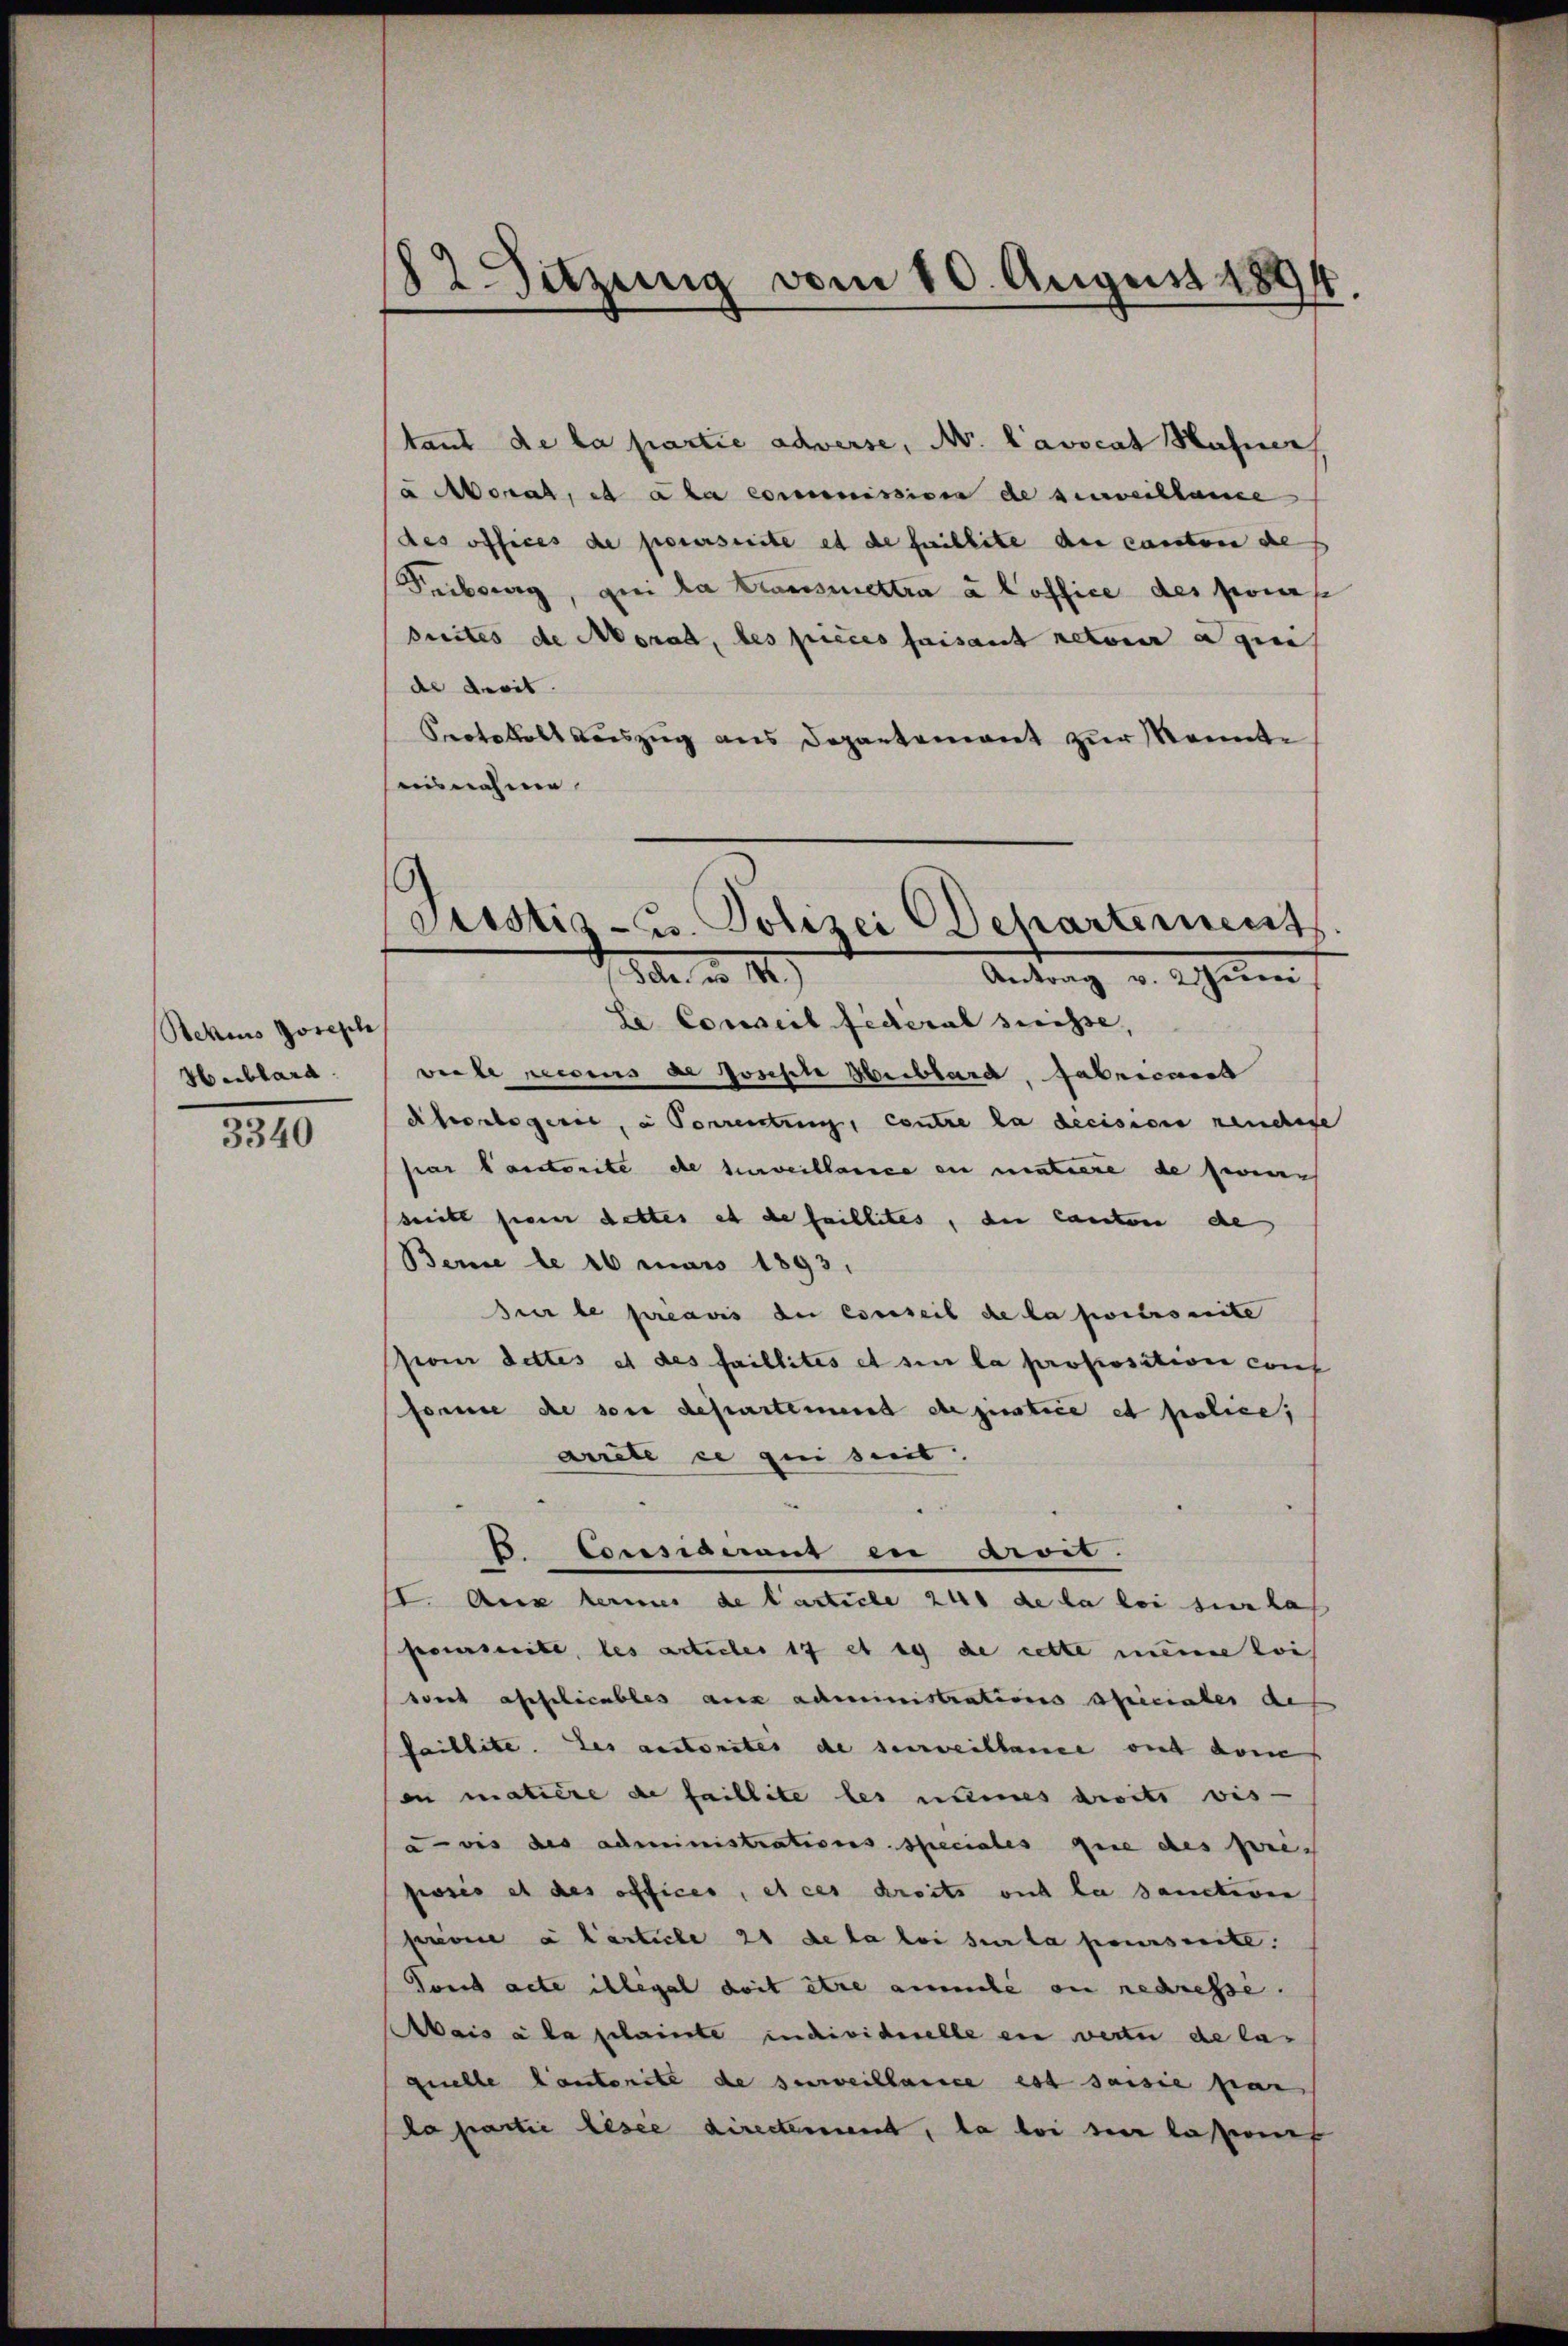
Rehius Joseph
Heiblard.

3340

82 Setzung vom 10. August 1894.

tant de la partie adverse, N. Lavocat Hafner,
a Moral, es a la commissiven de surveillance
des offices de parerseite es de faillite der canton des
Feberg, gei la transmettra à loffice des pourse
breites de Morad, des pieces faisant retour a qui
de dreit.
Protokoll auszug aus Departement zur Monnte
isnahme

Justiz- u. Polizei Departement
Str. d. 11)
Antrag v. Weni

le Conseil Federal Suisse,
viele neccens de Joseste Heiblard, Fabricans
d herabgeret, in Vereitung, contre la decision neuchege
par Sonstreite de surveillance in matiere de seien
sritt fierer dettes et de faillites, die Canton de
Berne de 16 mais 1893.
sur le préavis der Conseil de la portseite
sion dettes et des faillites et sie la proposition conf
forme de son departement de justice et police,
arrete ce qui seit
b. Considerant en droit.
II. Aus dermes de l’article 241 de la loi sur la
prescrite, les articles 17 et ig de cette meine loi
sonst affolicables aus administrations aliciates des
faillite. Les anstorites de surveillance ou den
en matière de faillite les numes droits vis-
avis des administrations speciales que des priposis et des offices, et ces droits ou la sanction
privie à l’article 21 de la loi sur la poursuite.
Fond acte illegal doit etwa ammele in redresse.
Aais à la plainte individuelle en verter de la
quelle Cantorite de surveillance est saisie par
da partie lesee directement, da bei der lasseres